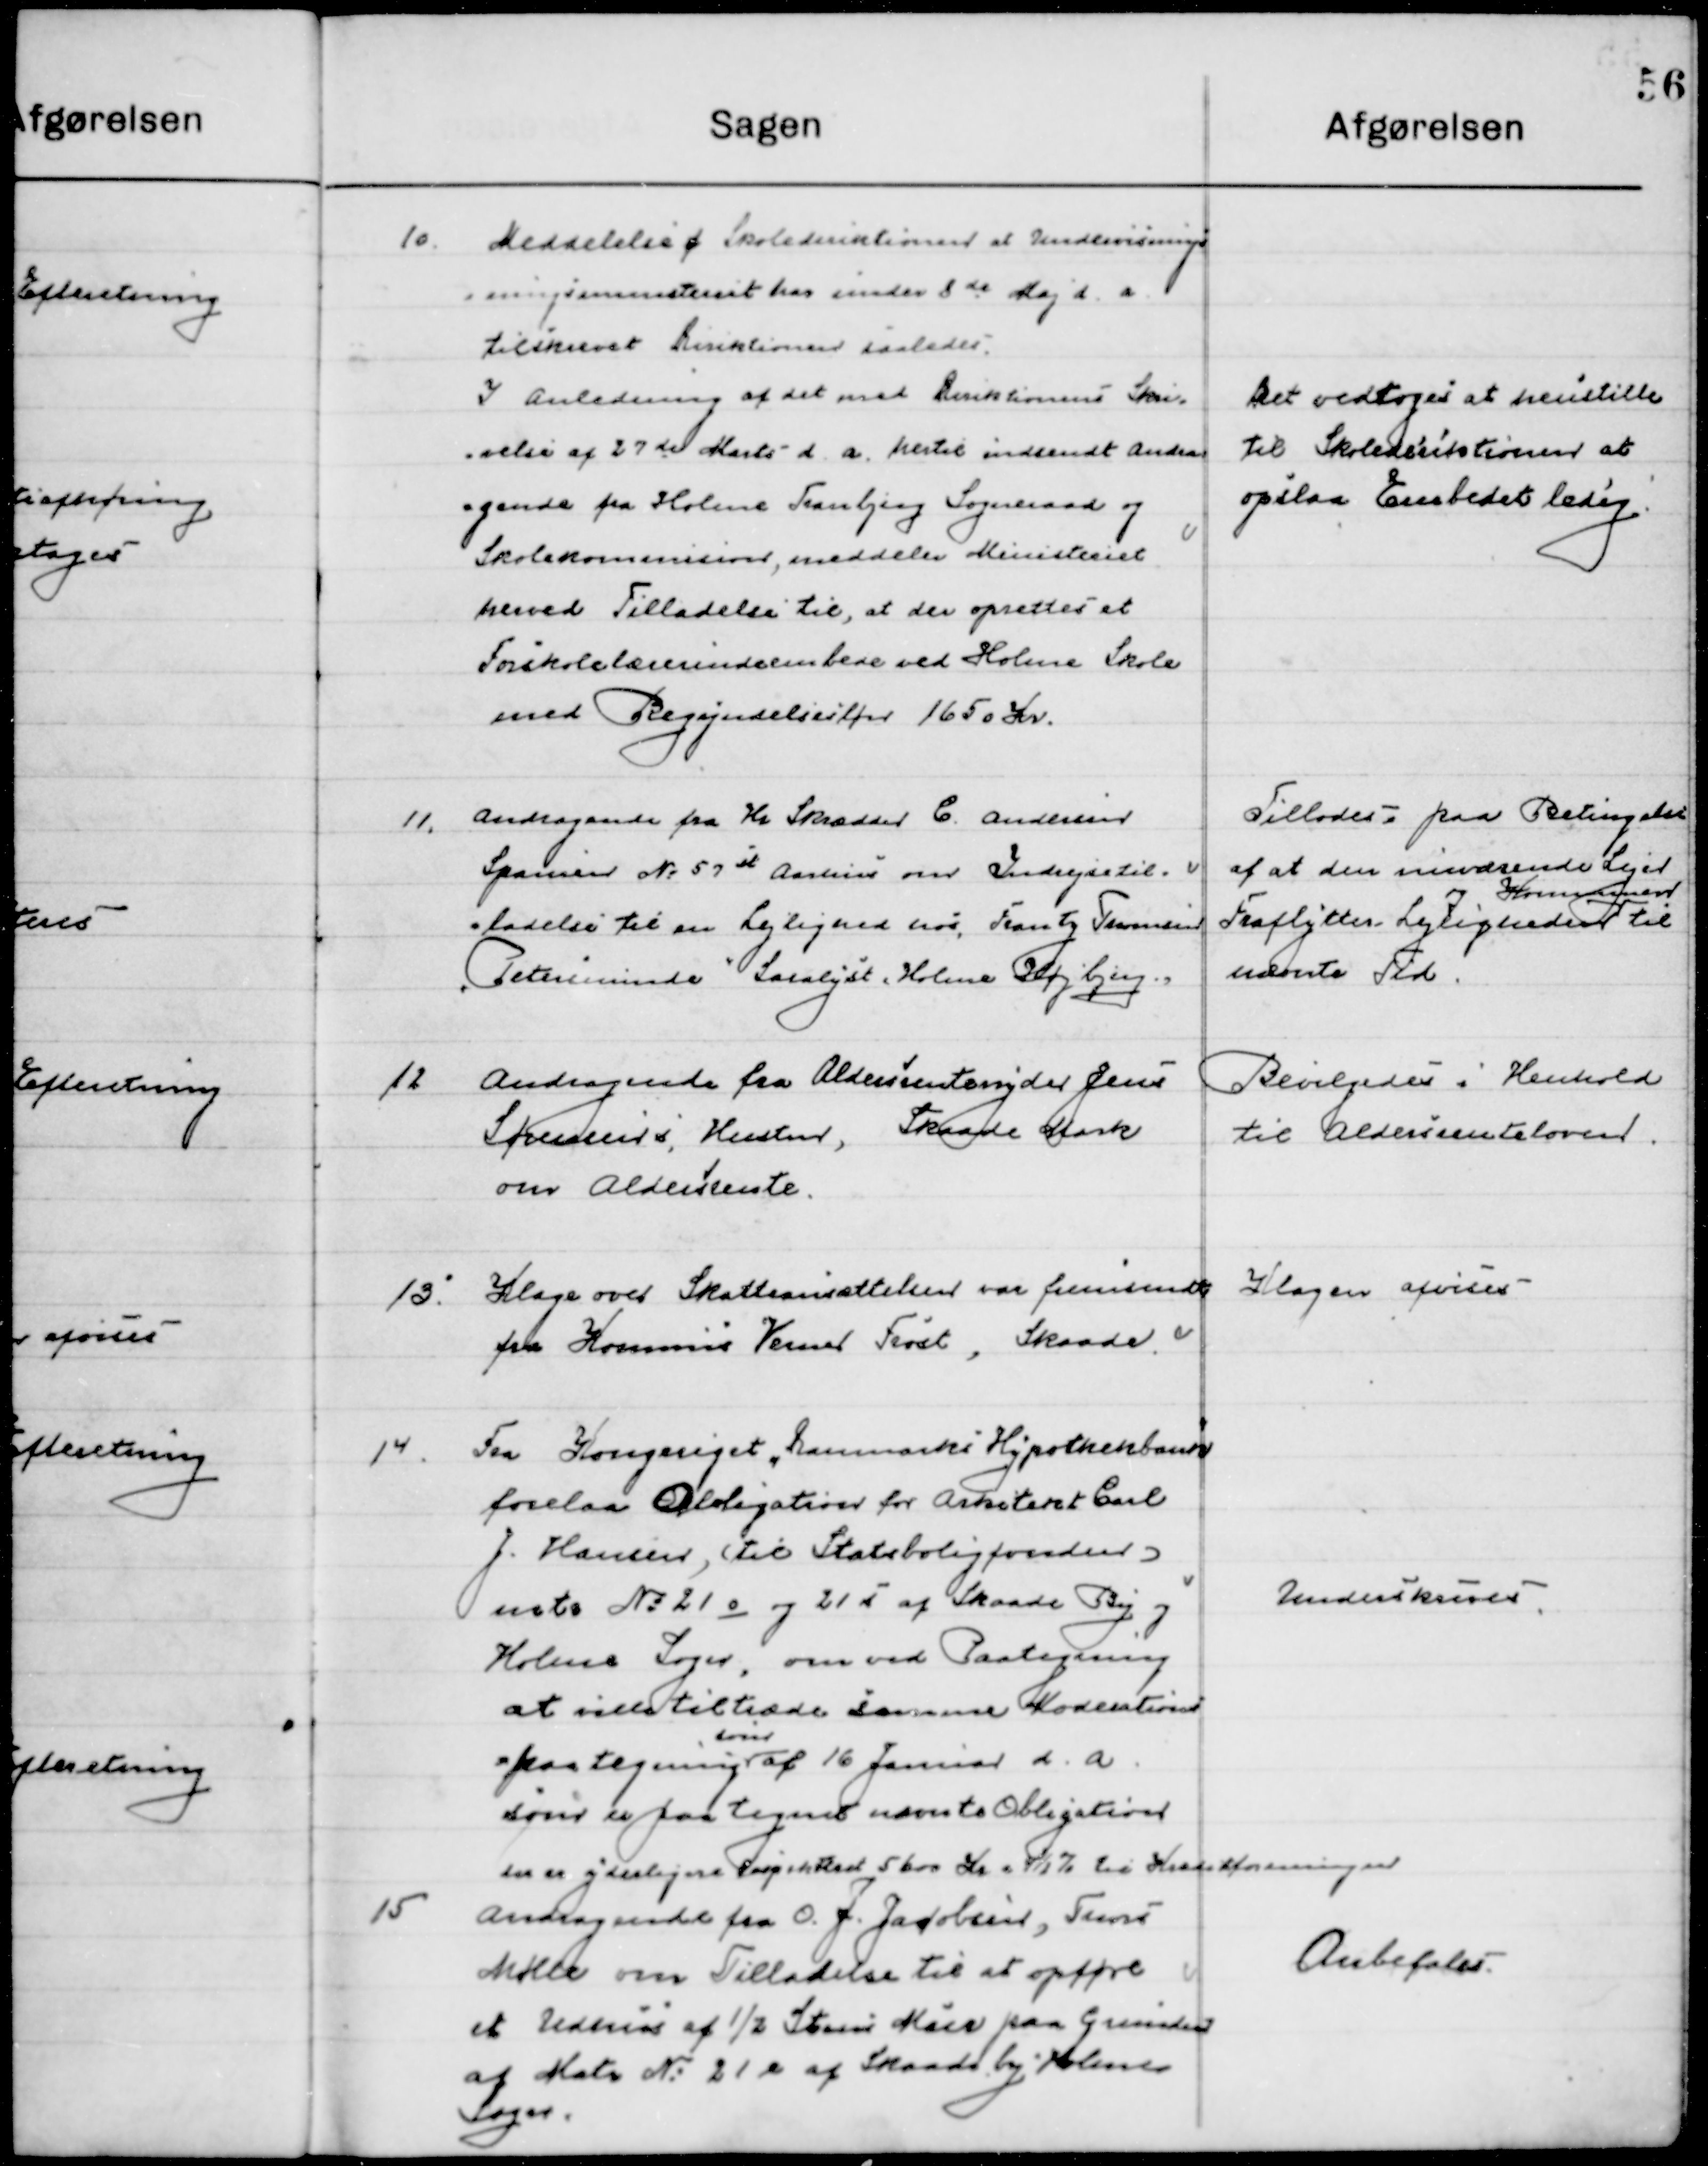
Transskription:
10

Meddelelse f Skoledirektionen at Undervisnings-
ministeriet har siden 8de Maj d. a.
tilskrevet Direktionen saaledes:
I Anledning af det med Direktionens skri-
velse af 27de Marts d. a. hertil indsendt An-
dragende fra Holme Tranbjerg Sogneraad og
Skolekommissionen, meddeler Ministeriet
herved Tilladelse til, at der oprettes et
Friskolelærerindeembede ved Holme Skole 
med Begyndelsesløn 1650 Kr.

Det vedtoges at henstille
til Skoledirektionen at
opslaa Embedet ledig.

11

Andragende fra Hr. Skrædder C. Andersen
Spanien No. 57st Aarhus om Indrejsetil-
ladelse til en Lejlighed hos Frantz Fransen 
”Petersminde” Saralyst, Holme Højbjerg.

Tillodes paa Betingelse
Af at den nuværende Lejer
Fraflytter  
Lejligheden
til  
nævnte Tid.

12

Andragende fra Aldersrentenyder Jens
Sørensens Hustru, Skaade Mark
om Aldersrente.

Bevilgedes i henhold
til Andersrenteloven.

13

Klage over Skatteansættelsen var fremsendt 
fra Kommis Verner Frost, Skaade.

Klagen afvises

14

Fra Kongeriget ”Danmarks Hypotekbank”
forelaa Obligation for Arkitekt Carl
J. Hansen, (til Statsboligfonden) 
Mrtr. No. 21 o og 21 s af Skaade By, og
Holme Sogn, om ved Paategning
at ville tiltræde samme Moderation
paa tegning  
som
af 16 Januar d. a.
som er paa tegnet nævnte Obligation
der er yderligere kapital rest 5600 Kr. i 4½ % til Kreditforeningen.

Underskrives

15

Andragende fra O. J. Jacobsen, Thors 
Mølle om Tilladelse til at opføre 
et Udhus af ½ Stens Kåre paa Grunden
af Matr. No. 21 e af Skade By, Holme 
Sogn.

Anbefales